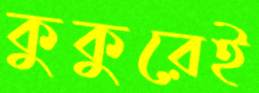
কুকুরেই